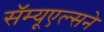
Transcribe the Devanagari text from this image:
सॅम्यूएल्सने